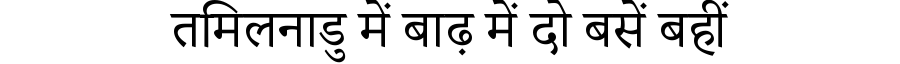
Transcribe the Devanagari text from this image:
तमिलनाडु में बाढ़ में दो बसें बहीं